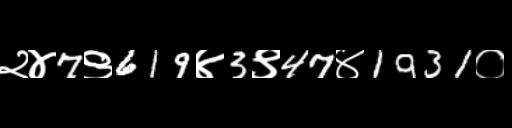
Text: २४7९619४3९47४1931०